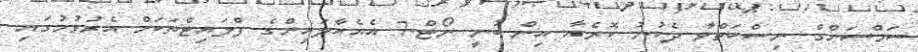
ސަމްސަންގް ނިސްބަތްވާ ދެކުނު ކޮރެއާ އިން ބުނީ ނޯޓް-7 އެއެއާލައިންގެ ފްލައިޓްތަކަށް އެރުވުމުގައި